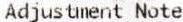
ADJUSTMENT NOTE